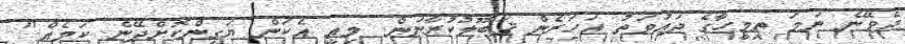
ދެވޭނެ ނަމަ ތިމީހާގެ ދަޢުވަތު އަހަރެން ޤަބޫލުކުރާނަން. މިއީ އެކަން ޔަގީންކޮށްދޭނެ ކަމެއް."